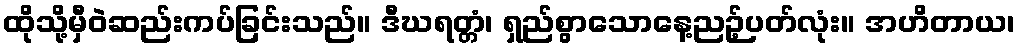
ထိုသို့မှီဝဲဆည်းကပ်ခြင်းသည်။ ဒီဃရတ္တံ၊ ရှည်စွာသောနေ့ညဉ့်ပတ်လုံး။ အဟိတာယ၊